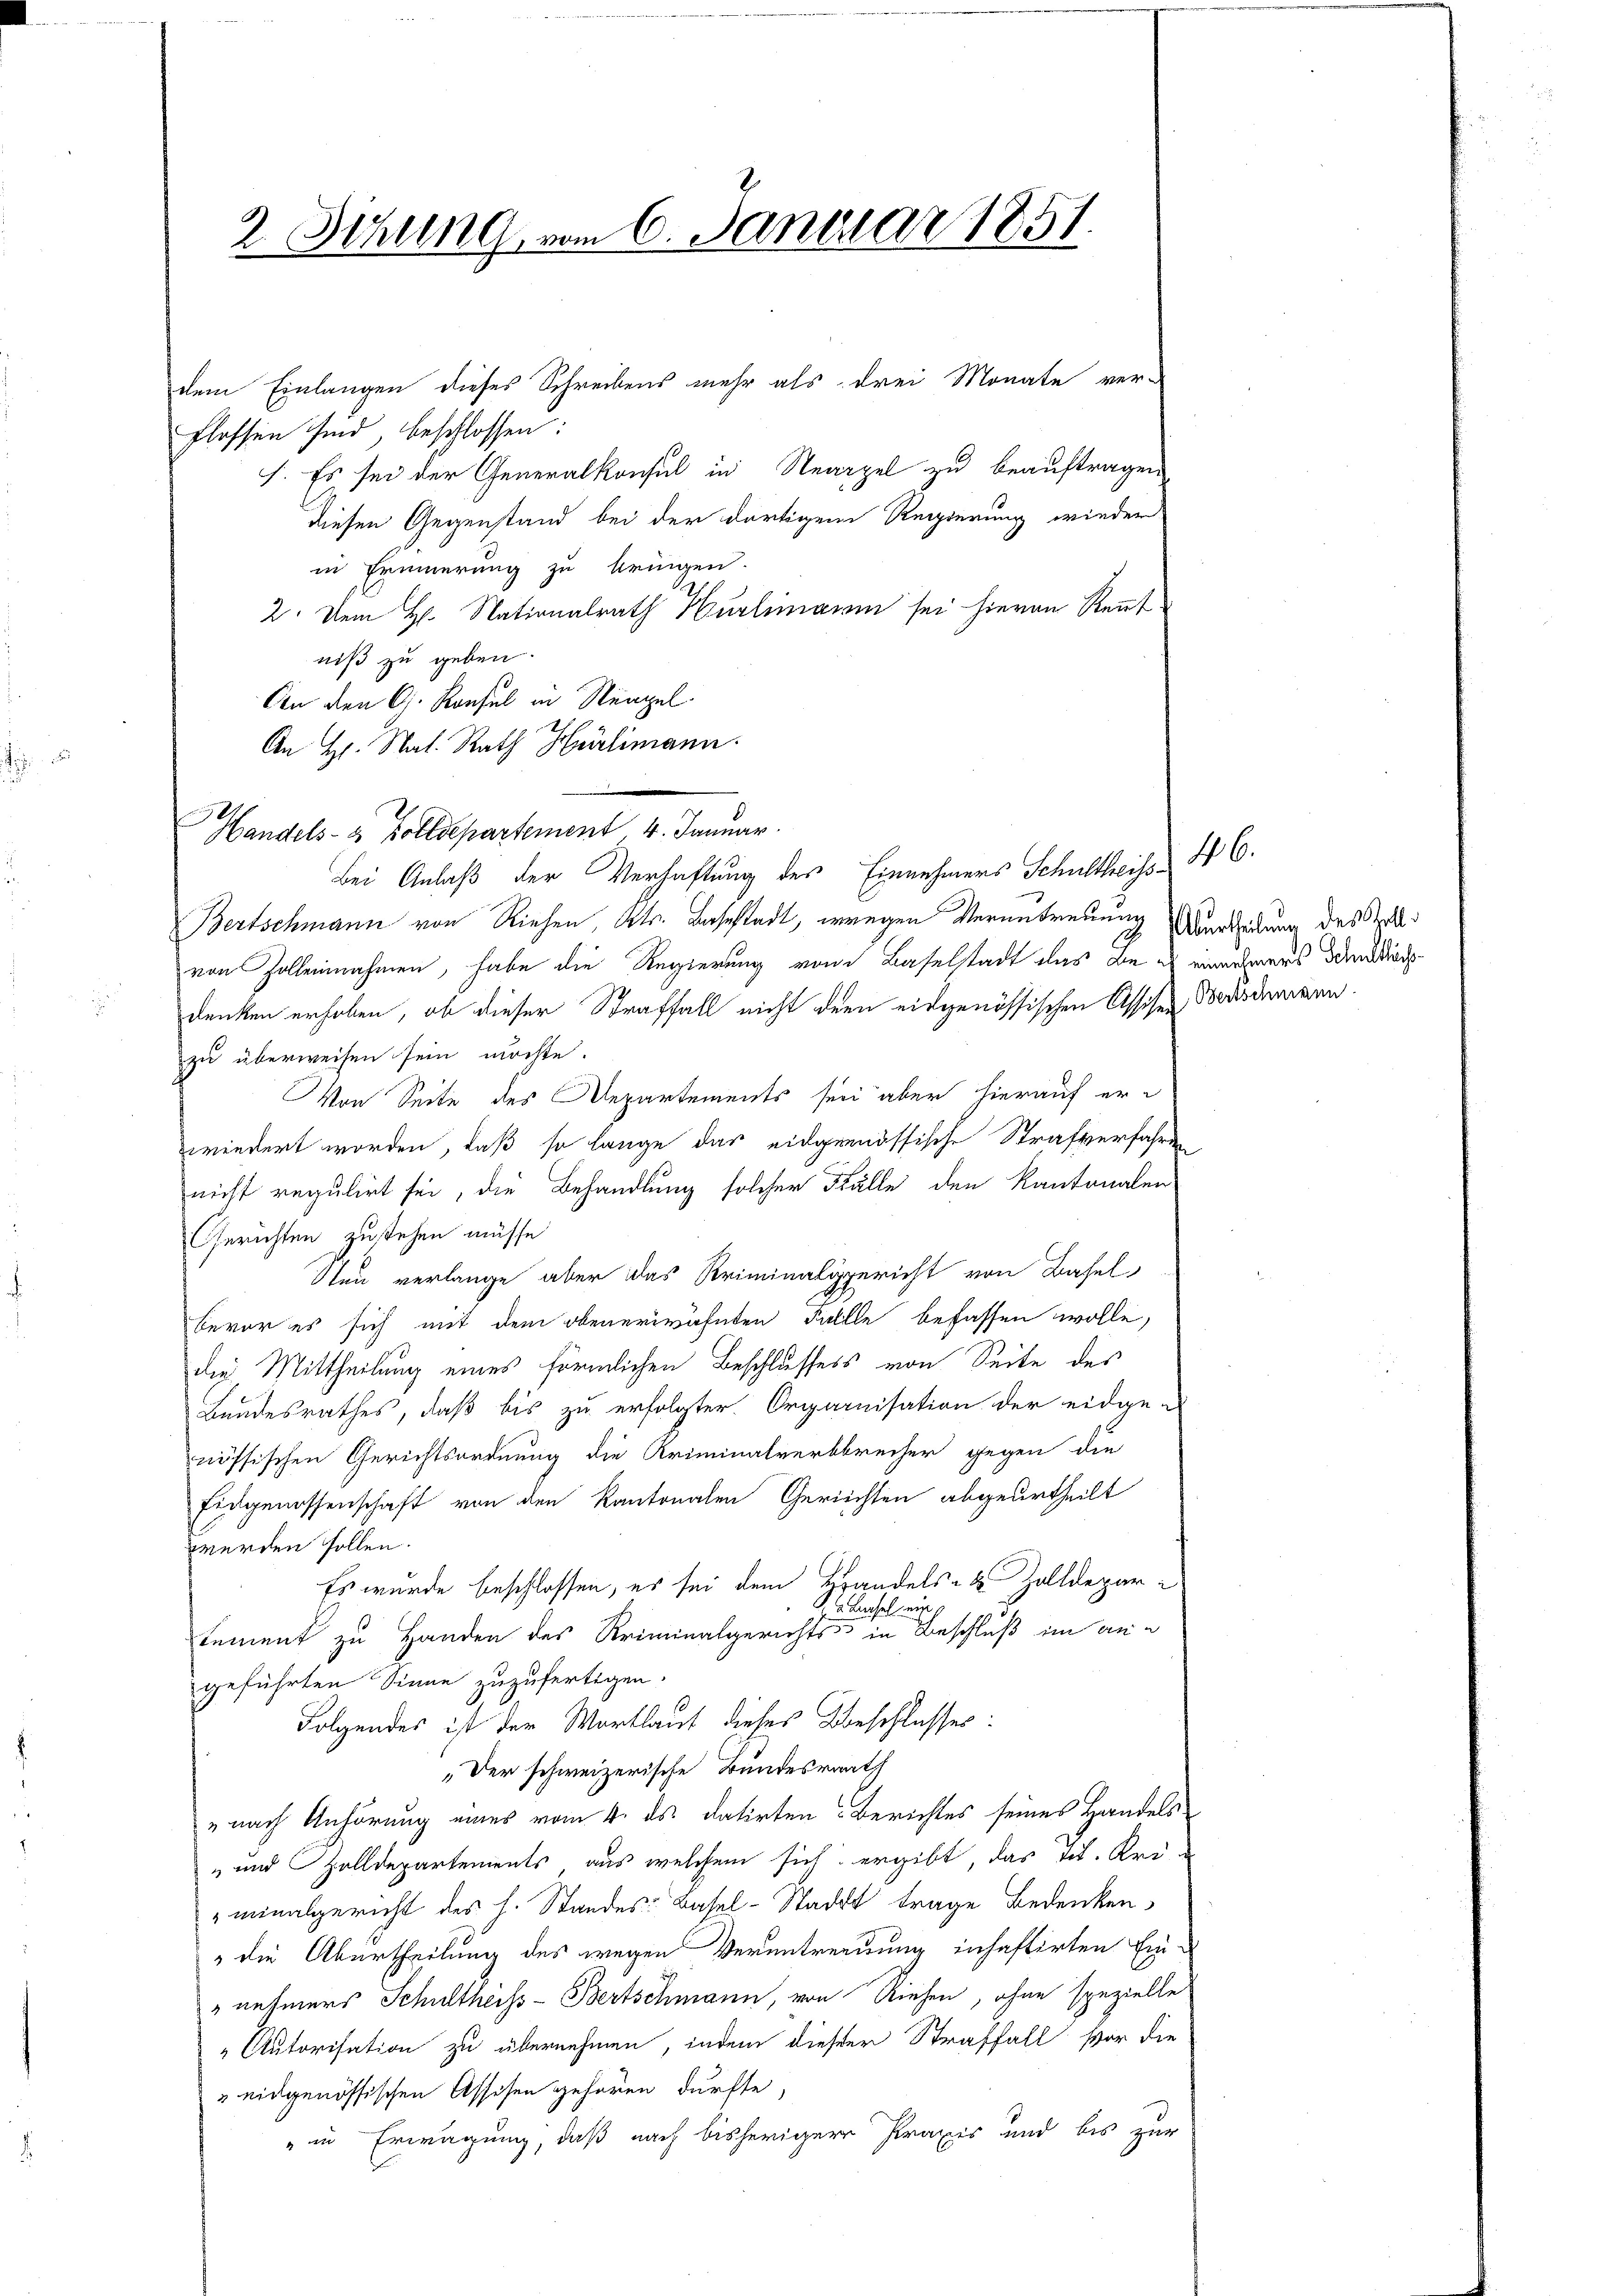
2 Sihung vom 6. Januar 1851.

.
Handels- & Zolldepartement 4. Januar.

dem Einlangen dieses Schreibens mehr als drei Monate ver-
Flossen sind, beschlossen:
I. Es sei der Generalkonsul in Neappel zu beauftragen
diesen Gegenstand bei der dortigem Regierung wieder
in Erinnerung zu bringen.
2. Dem H. Nationalrath Hürlimann sei hievon Renntniß zu geben.
An den G. Konsul in Neapel
An Hr. Nat. Rath Hürlimann.
Bei Anlaß der Verhaftung des Einnehmers Schultheiss 46.
Bertschmann von Riehen, Kts. Bahnstadt, wegen Verantreuung Werdeidung des Stelvon Zolleinnahmen, habe die Regierung von Baselstadt das Be es einehmers dem od
denken erhoben, ob dieser Straffall nicht der eidgenössischen Assisen Bersinmann.
zu überweisen sein möchte.
Von Seite des Departements sei aber hierauf erwiedert worden, daß so lange das eidgenössische Strafverfahren
nicht regulirt sei, die Behandlung solcher Fälle den Kantonalen
Gerichten zustehen müsse.
Sten verlange aber das Kriminalgericht von Basel
Bevor es sich mit dem obenerwähnten Fallle befassen wolle,
die Mittheilung eines förmlichen Beschlussess von Seite des
Bundesrathes, daß bis zu erfolgter Organisation der eidgen
nössischen Gerichtsordnung die Kriminalverbbrecher gegen die
Eidgenossenschaft von den Kantonalen Gerichten abgeurtheilt
werden sollen.
Es wurde beschlossen, es sei dem Wandels- & Zolldepar¬
1 V. Bachsel ein
tement zu Handen des Kriminalgerichts in Beschluß im angeführten Sinne zuzufertigen.
Folgendes ist der Wortlaut dieses Beschlusses:
„Der schweizerische Bundesrath
„nach Anhörung eines vom 4. ds. datirten Berichtes seines Handels¬
" und Zolldepartements aus welchem sich ergibt, das Tit. Uriminalgericht des l. Standes: Basel-Stadtt trage Bedenken,
" die Aburtheilung des wegen Veruntrennung inhaftirten Ein¬
" nehmers Schultheiss-Bertschmann, von Riehen, ohne spezielle
Autorisation zu übernehmen, indem dieser Straffall vor die
& eidgenössischen Assisen gehören dürfte,
" in Erwägung, daß nach bisheriger Praxis und bis zur